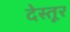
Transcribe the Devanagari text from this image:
देस्तूर